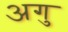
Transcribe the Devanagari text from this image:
अगु